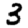
Digit: 3